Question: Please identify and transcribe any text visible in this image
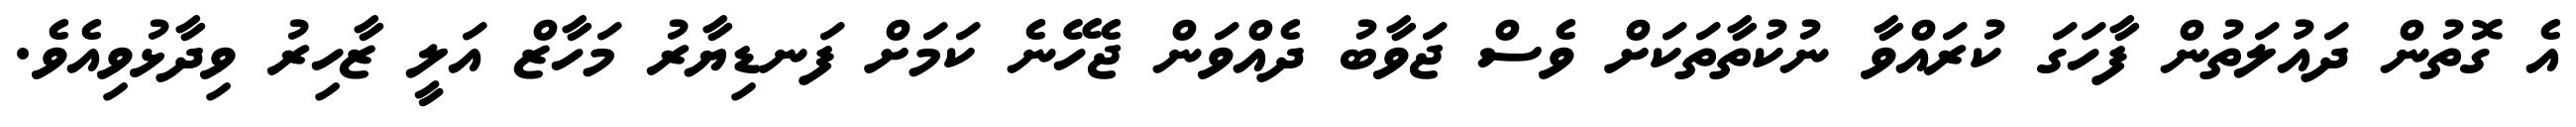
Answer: އެ ގޮތުން ދައުލަތުން ފާހަގަ ކުރައްވާ ނުކުތާތަކަށް ވެސް ޖަވާބު ދެއްވަން ޖެހޭނެ ކަމަށް ފަނޑިޔާރު މަހާޒް އަލީ ޒާހިރު ވިދާޅުވިއެވެ.